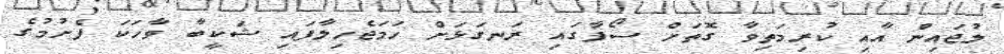
ލުޖައިން އާއި ކުރިމަތިވާ ގޮތަށް ސޯފާގައި ރަނގަޅަށް ހަމަޖެހިލާފައި ޝަކީބާ ވާހަކަ ފެށުމުގެ